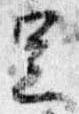
足